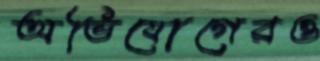
অভিযোগেরও